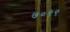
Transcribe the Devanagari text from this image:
७०९९